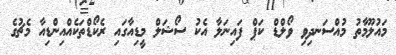
މައުލޫމާތު މުއްސަނދިވި ވޯލްޑް ކަޕް ފައިނަލާ އެކު ސޯޝަލް މީޑިއާގައި ރެކޯޑްތަކެއްއިންޑިއާ މެޗުގެ